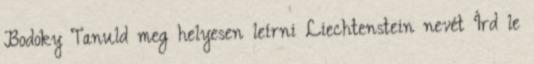
Bodoky Tanuld meg helyesen leírni Liechtenstein nevét Írd le